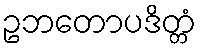
ဥဘတောပဒိတ္တံ